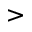
>